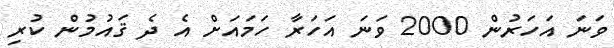
ވަަނަ އަހަރުން 2000 ވަނަ އަަހަރާ ހަމައަށް އެ ދެ ޤައުމުން ކުރި